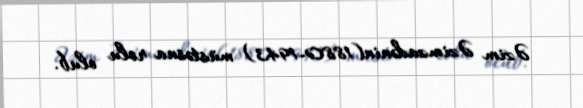
Əzim Əzimzadənin(1880-1943) müstəsna rolu olub.